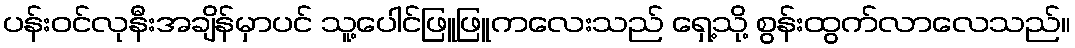
ပန်းဝင်လုနီးအချိန်မှာပင် သူ့ပေါင်ဖြူဖြူကလေးသည် ရှေ့သို့ စွန်းထွက်လာလေသည်။